Annual report of the Prince of Wales Medical College, Patna
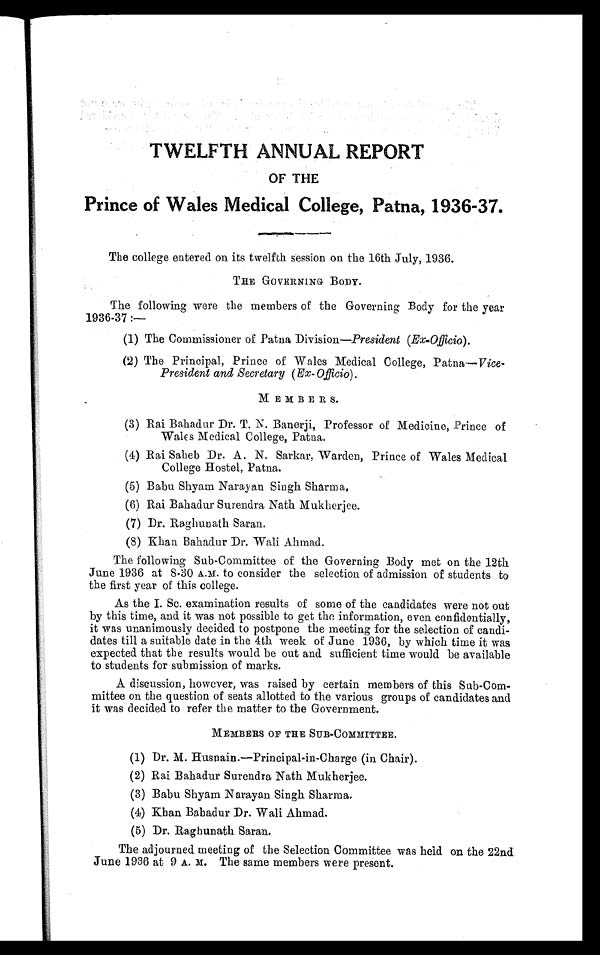
TWELFTH ANNUAL REPORT
OF THE
Prince of Wales Medical College, Patna, 1936-37.
The college entered on its twelfth session on the 16th July, 1936.
THE GOVERNING BODY.
The following were the members of the Governing Body for the year
1936-37 :
—
(1) The Commissioner of Patna Division—President (Ex-Officio).
(2) The Principal, Prince of Wales Medical College, Patna— Vice -
President and Secretary (Ex-Officio).
MEMBERS.
(3) Rai Bahadur Dr. T. N. Banerji, Professor of Medicine, Prince of
Wales Medical College, Patna.
(4) Rai Saheb Dr. A. N. Sarkar, Warden, Prince of Wales Medical
College Hostel, Patna.
(5) Babu Shyam Narayan Singh Sharma,
(6) Rai Bahadur Surendra Nath Mukherjee.
(7) Dr. Raghunath Saran.
(8) Khan Bahadur Dr. Wali Ahmad.
The following Sub-Committee of the Governing Body met on the 12th
June 1936 at 8.30 A.M. to consider the selection of admission of students to
the first year of this college.
As the I. Sc. examination results of some of the candidates were not out
by this time, and it was not possible to get the information, even confidentially,
it was unanimously decided to postpone the meeting for the selection of candi-
dates till a suitable date in the 4th week of June 1936, by which time it was
expected that the results would be out and sufficient time would be available
to students for submission of marks.
A discussion, however, was raised by certain members of this Sub-Com-
mittee on the question of seats allotted to the various groups of candidates and
it was decided to refer the matter to the Government.
MEMBERS OF THE SUB-COMMITTEE.
(1) Dr. M. Husnain.—Principal-in-Charge (in Chair).
(2) Rai Bahadur Surendra Nath Mukherjee.
(3) Babu Shyam Narayan Singh Sharma.
(4) Khan Bahadur Dr. Wali Ahmad.
(5) Dr. Raghunath Saran.
The adjourned meeting of the Selection Committee was held on the 22nd
June 1936 at 9 A. M. The same members were present.